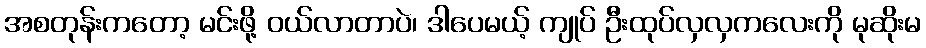
အစတုန်းကတော့ မင်းဖို့ ဝယ်လာတာပဲ၊ ဒါပေမယ့် ကျုပ် ဦးထုပ်လှလှကလေးကို မုဆိုးမ